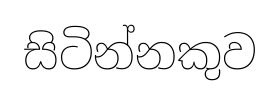
සිටින්නකුව